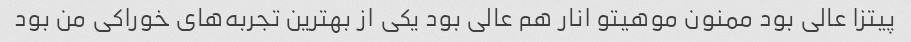
پیتزا عالی بود ممنون موهیتو انار هم عالی بود یکی از بهترین تجربه‌های خوراکی من بود